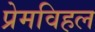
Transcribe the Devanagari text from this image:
प्रेमविहल